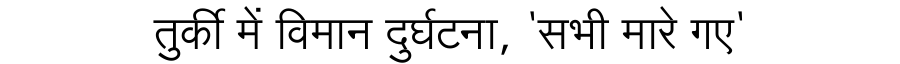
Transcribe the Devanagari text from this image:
तुर्की में विमान दुर्घटना, 'सभी मारे गए'